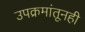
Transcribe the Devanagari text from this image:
उपक्रमांतूनही